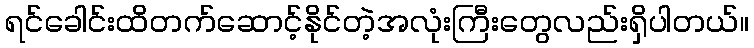
ရင်ခေါင်းထိတက်ဆောင့်နိုင်တဲ့အလုံးကြီးတွေလည်းရှိပါတယ်။